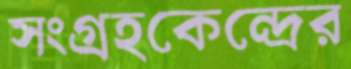
সংগ্রহকেন্দ্রের